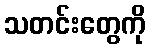
သတင်းတွေကို